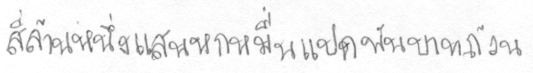
สี่ล้านหนึ่งแสนหกหมื่นแปดพันบาทถ้วน